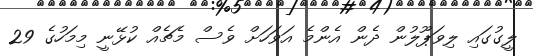
ލީގުގައި ލިވަޕޫލުން ދެން އެންމެ އަވަހަށް ވެސް މެޗެއް ކުޅޭނީ މިމަހުގެ 29